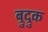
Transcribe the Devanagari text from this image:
ब्रुद्रुक